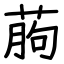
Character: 葋